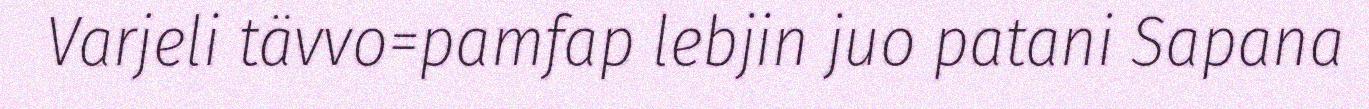
Varjeli tävvo=pamfap lebjin juo patani Sapana